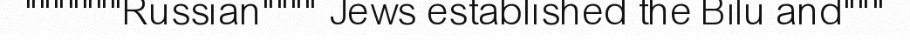
"""""""Russian"""" Jews established the Bilu and"""